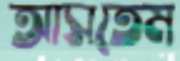
আসতেম